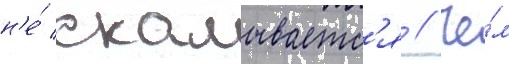
н'е́ скалываетс'я // Че́м